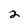
Character: 2